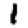
Digit: 1